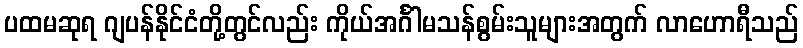
ပထမဆုရ ဂျပန်နိုင်ငံတို့တွင်လည်း ကိုယ်အင်္ဂါမသန်စွမ်းသူများအတွက် လာဟောရီသည်